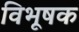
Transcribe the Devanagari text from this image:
विभूषक